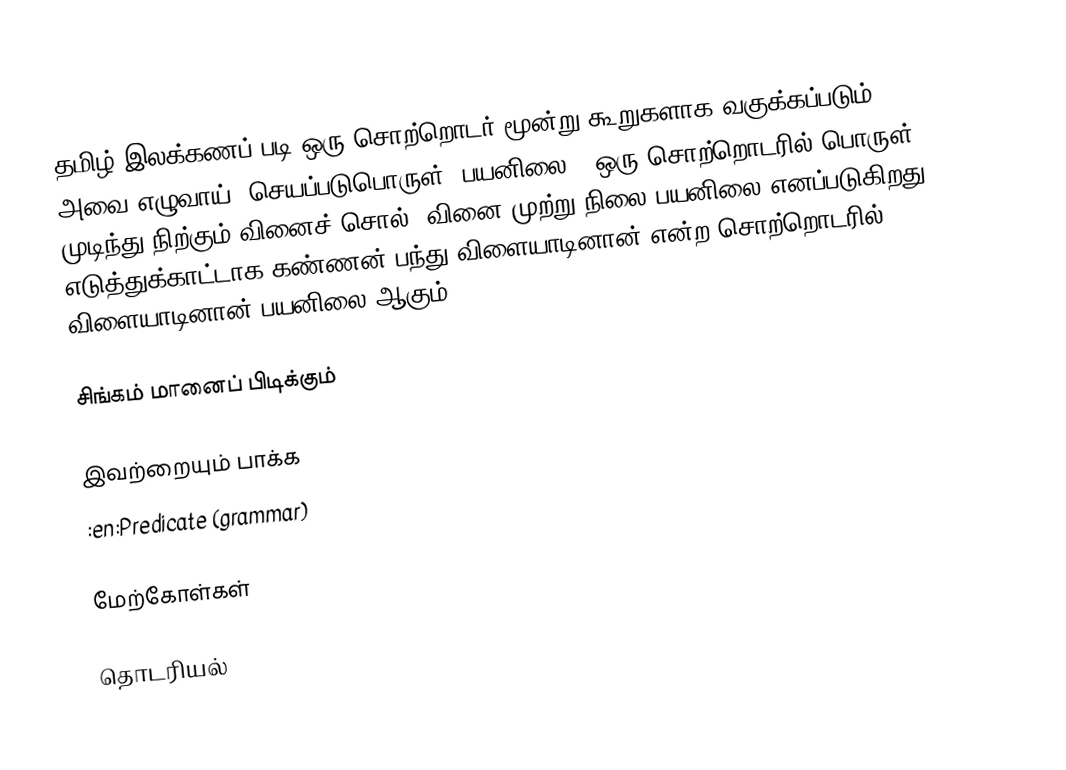
தமிழ் இலக்கணப் படி ஒரு  சொற்றொடர் மூன்று கூறுகளாக வகுக்கப்படும்.  அவை எழுவாய், செயப்படுபொருள், பயனிலை.  "ஒரு சொற்றொடரில் பொருள் முடிந்து நிற்கும் வினைச் சொல் (வினை முற்று)நிலை  பயனிலை எனப்படுகிறது".  எடுத்துக்காட்டாக கண்ணன் பந்து விளையாடினான் என்ற சொற்றொடரில் விளையாடினான் பயனிலை ஆகும்.

சிங்கம் மானைப் பிடிக்கும்

இவற்றையும் பாக்க
 :en:Predicate (grammar)

மேற்கோள்கள்

தொடரியல்